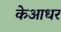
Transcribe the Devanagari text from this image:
केआधर